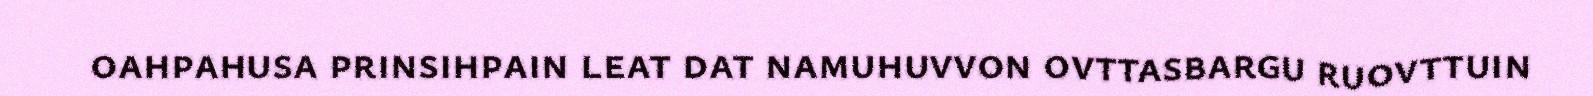
oahpahusa prinsihpain leat dat namuhuvvon ovttasbargu ruovttuin